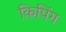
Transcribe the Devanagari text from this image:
किपिंग